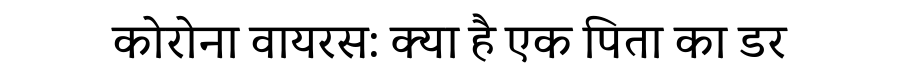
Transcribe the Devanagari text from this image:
कोरोना वायरस: क्या है एक पिता का डर